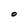
Character: O